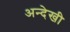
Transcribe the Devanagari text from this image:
अन्देखी